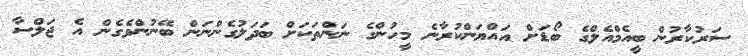
ސަރުކާރުން ބީއެމްއެލްގެ ބޯޑަށް އައްޔަންކުރާނެ މީހުންގެ ނަންތަކަށް ބަދަލުގެންނަން ބޭނުންވެގެން އެ ޖަލްސާ